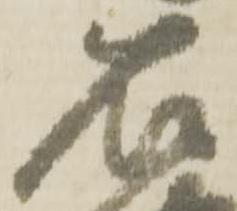
石